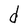
Character: d